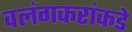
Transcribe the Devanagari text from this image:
वलंगकरांकडे